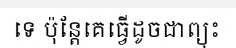
ទេ ប៉ុន្តែគេធ្វើដូចជាព្យុះ